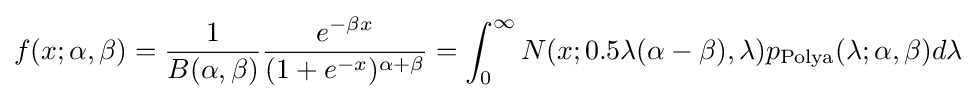
f(x;\alpha ,\beta )={\frac {1}{B(\alpha ,\beta )}}{\frac {e^{-\beta x}}{(1+e^{-x})^{\alpha +\beta }}}=\int _{0}^{\infty }N(x;0.5\lambda (\alpha -\beta ),\lambda )p_{\text{Polya}}(\lambda ;\alpha ,\beta )d\lambda